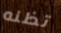
تظنه